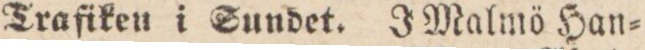
Trafiken i Sundet. J Malmö Han=